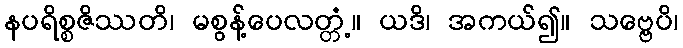
နပရိစ္စဇိဿတိ၊ မစွန့်ပေလတ္တံ့။ ယဒိ၊ အကယ်၍။ သဗ္ဗေပိ၊